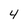
Character: 4